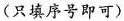
(只填序号即可)